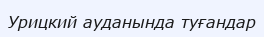
Урицкий ауданында туғандар